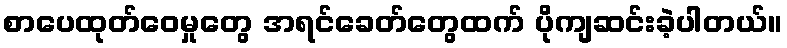
စာပေထုတ်ဝေမှုတွေ အရင်ခေတ်တွေထက် ပိုကျဆင်းခဲ့ပါတယ်။